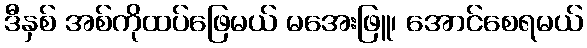
ဒီနှစ် အစ်ကိုထပ်ဖြေမယ် မအေးဖြူ၊ အောင်စေရမယ်